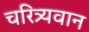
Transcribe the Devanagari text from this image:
चरित्र्यवान